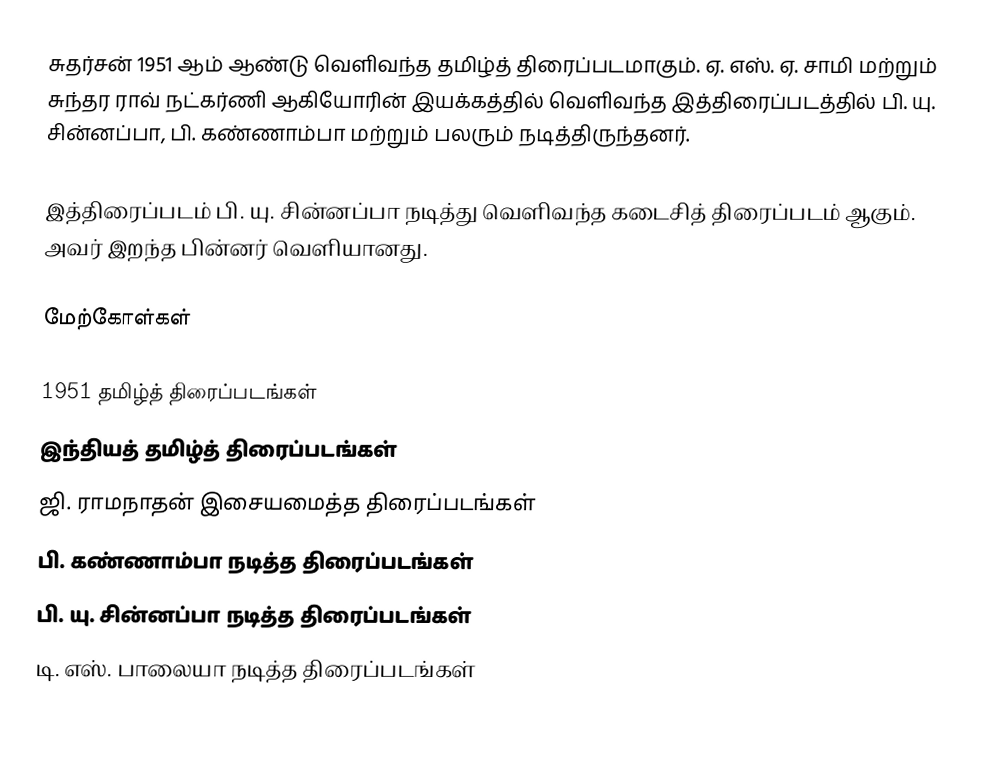
சுதர்சன் 1951 ஆம் ஆண்டு வெளிவந்த தமிழ்த் திரைப்படமாகும். ஏ. எஸ். ஏ. சாமி மற்றும் சுந்தர ராவ் நட்கர்ணி ஆகியோரின் இயக்கத்தில் வெளிவந்த இத்திரைப்படத்தில் பி. யு. சின்னப்பா, பி. கண்ணாம்பா மற்றும் பலரும் நடித்திருந்தனர்.

இத்திரைப்படம் பி. யு. சின்னப்பா நடித்து வெளிவந்த கடைசித் திரைப்படம் ஆகும். அவர் இறந்த பின்னர் வெளியானது.

மேற்கோள்கள்

1951 தமிழ்த் திரைப்படங்கள்
இந்தியத் தமிழ்த் திரைப்படங்கள்
ஜி. ராமநாதன் இசையமைத்த திரைப்படங்கள்
பி. கண்ணாம்பா நடித்த திரைப்படங்கள்
பி. யு. சின்னப்பா நடித்த திரைப்படங்கள்
டி. எஸ். பாலையா நடித்த திரைப்படங்கள்